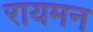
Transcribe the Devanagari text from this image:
रायमन